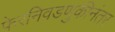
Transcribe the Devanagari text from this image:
फेरनिवडणुकीनंतर